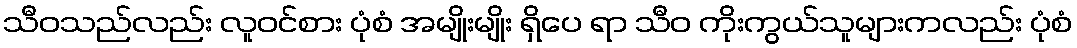
သီဝသည်လည်း လူဝင်စား ပုံစံ အမျိုးမျိုး ရှိပေ ရာ သီဝ ကိုးကွယ်သူများကလည်း ပုံစံ